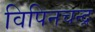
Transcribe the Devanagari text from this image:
विपिनचन्द्र